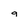
Character: 9